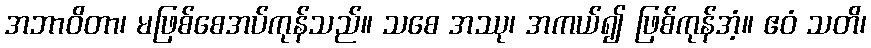
အဘာဝိတာ၊ မဖြစ်စေအပ်ကုန်သည်။ သစေ အဿု၊ အကယ်၍ ဖြစ်ကုန်အံ့။ ဧဝံ သတိ၊